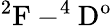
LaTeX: \mathrm{^2F-^{4}D^{o}}